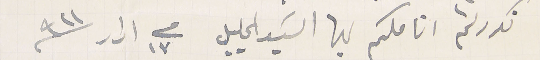
نكرر لثم اناملكم ايها السَيد الجليل فى ١٧  ادار سنة ٩٢١